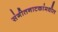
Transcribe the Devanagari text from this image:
संगीतनाटकांमधील